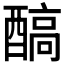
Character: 𨢓